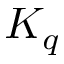
K _ { q }